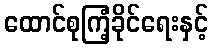
ထောင်စုကြံ့ခိုင်ရေးနှင့်